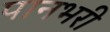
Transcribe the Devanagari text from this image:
पानभरी